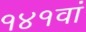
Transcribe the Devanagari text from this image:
१४१वां